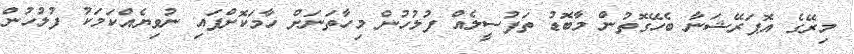
މިރޭގެ އޮޕަރޭޝަނާ ބެހޭގޮތުން މާބޮޑު ތަފުސީލެއް ފުލުހުން މިހާތަނަށް ހާމަކޮށްފައި ނުވިޔެއްކަމަކު ފުލުހުން